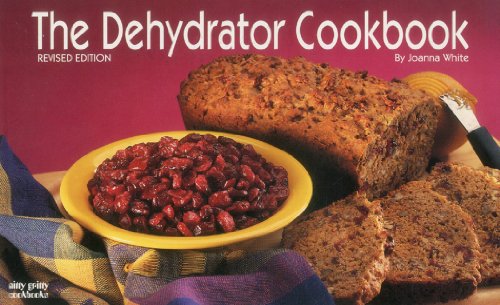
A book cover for The Dehydrator Cookbook (Nitty Gritty Cookbooks); Joanna White; Cookbooks, Food & Wine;